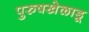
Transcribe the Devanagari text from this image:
पुरुषखेळाडू